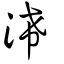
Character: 浠